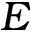
E